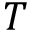
T